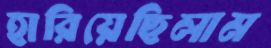
হারিয়েছিলাম